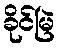
ခိုင်မြဲ